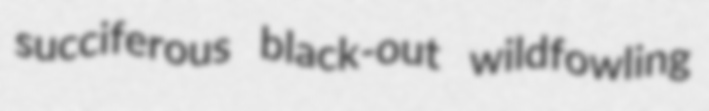
succiferous black-out wildfowling